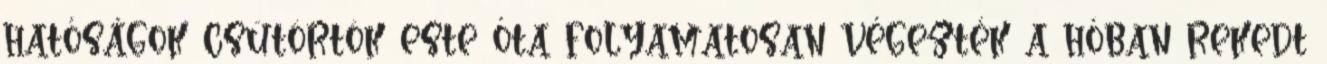
hatóságok csütörtök este óta folyamatosan végezték a hóban rekedt